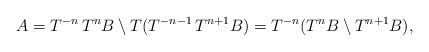
LaTeX: \begin{align*} A = T^{-n} \, T^n B \setminus T( T^{-n-1} \, T^{n+1} B) = T^{-n} (T^n B \setminus T^{n+1} B), \end{align*}